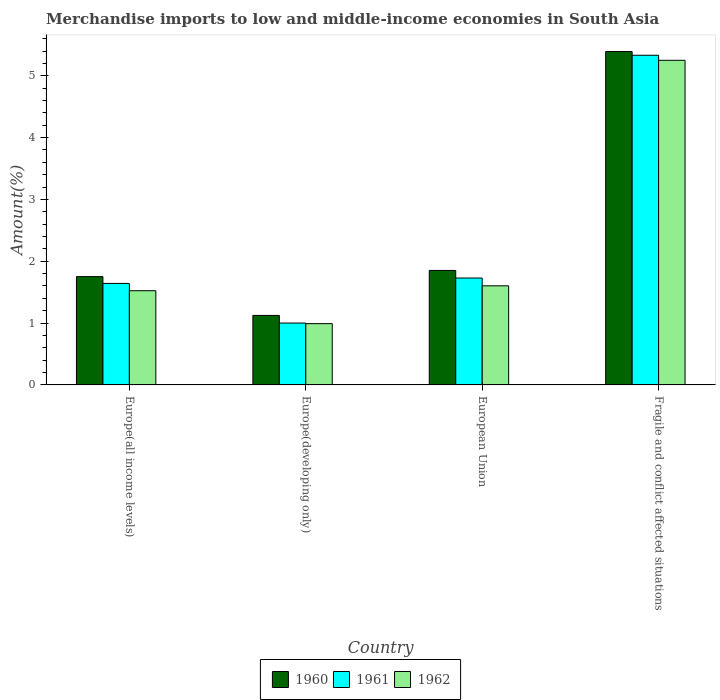
| Country | 1960 | 1961 | 1962 |
 | --- | --- | --- | --- |
 | Europe(all income levels) | 1.75 | 1.64 | 1.52 |
 | Europe(developing only) | 1.12 | 1 | 0.991 |
 | European Union | 1.85 | 1.73 | 1.6 |
 | Fragile and conflict affected situations | 5.39 | 5.33 | 5.25 |